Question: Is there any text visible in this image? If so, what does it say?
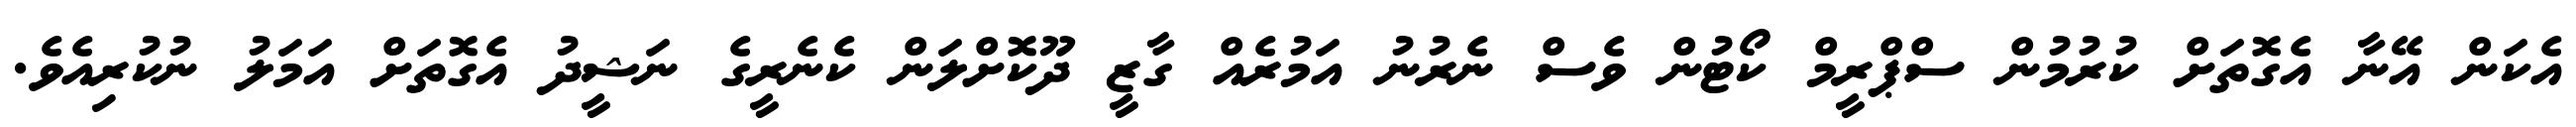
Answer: އެކަން އޭނާ އެގޮތަށް ކުރުމުން ސްޕްރީމް ކޯޓުން ވެސް ނެރުނު އަމުރެއް ގާޒީ ދޫކޮށްލަން ކެނެރީގެ ނަޝީދު އެގޮތަށް އަމަލު ނުކުރިއެވެ.